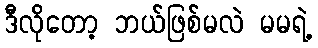
ဒီလိုတော့ ဘယ်ဖြစ်မလဲ မမရဲ့